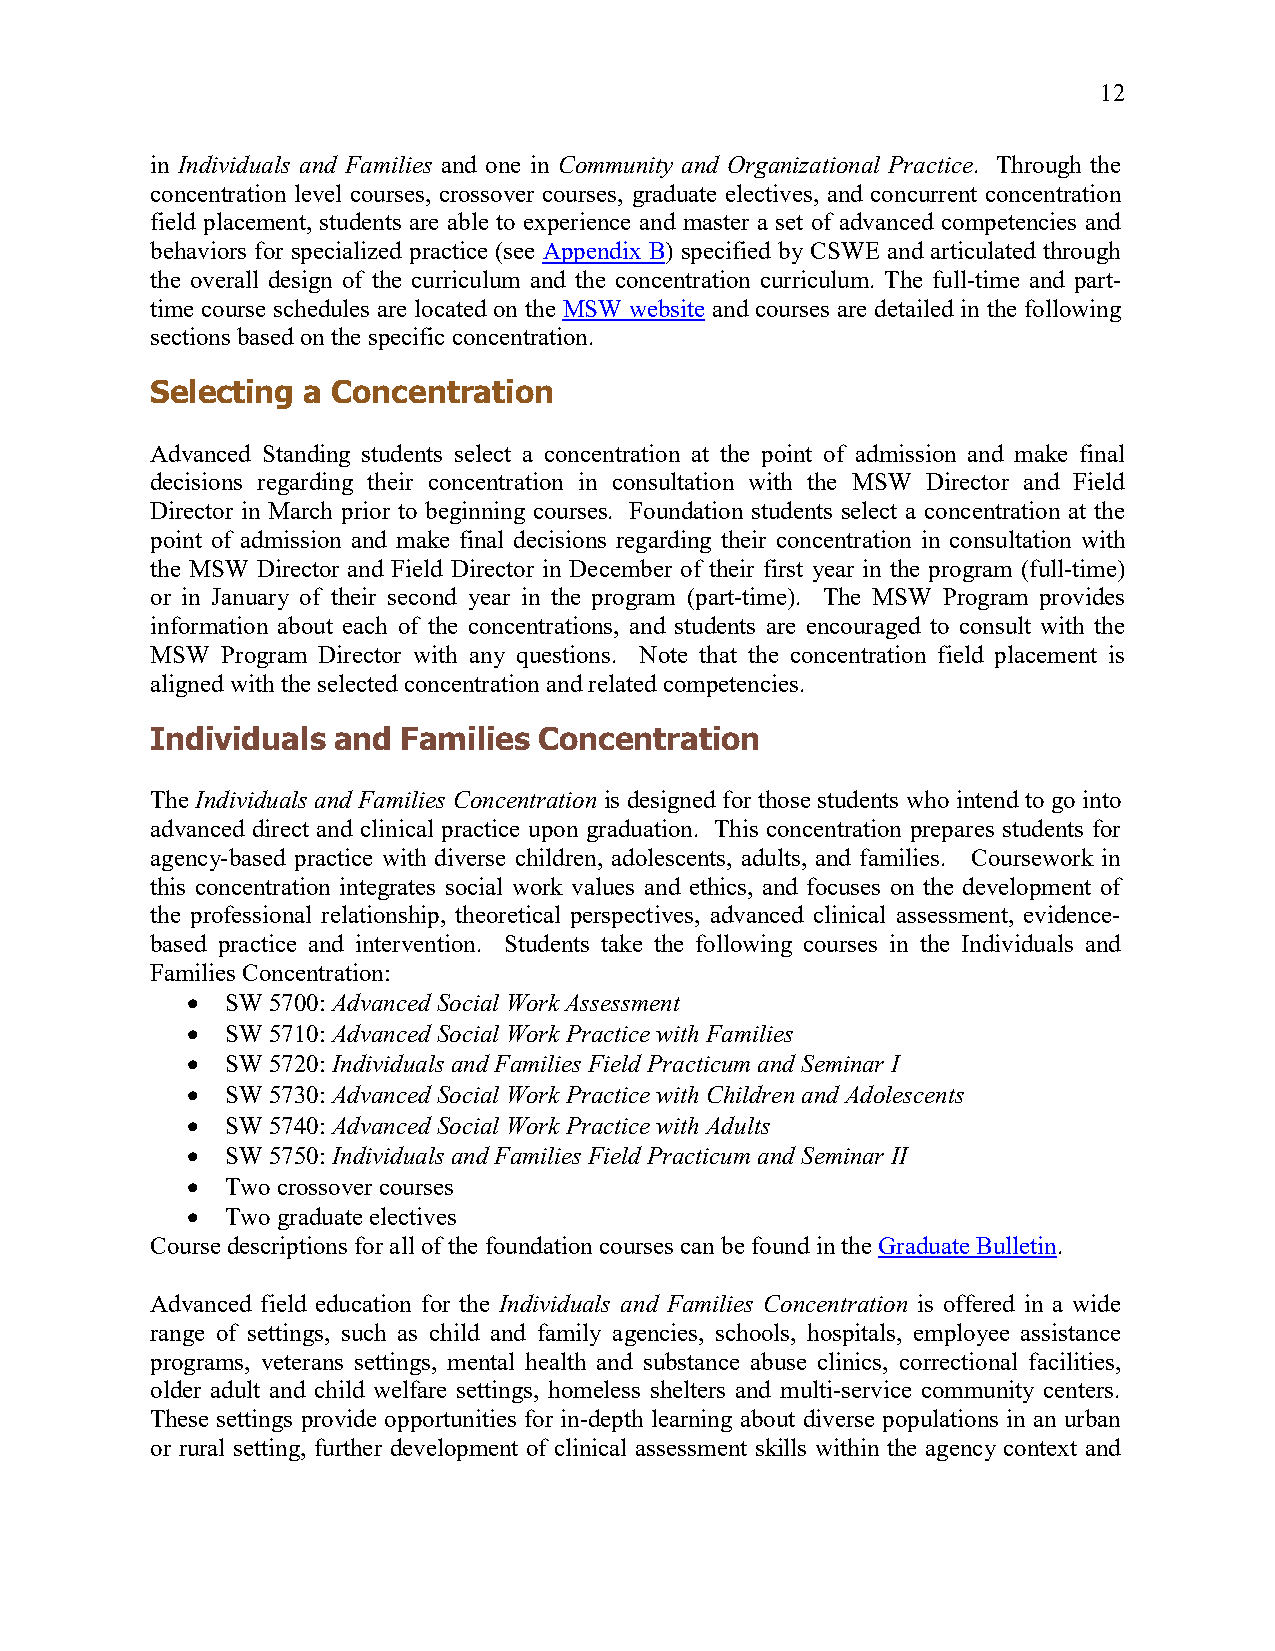
12
 in Individuals and Families and one in Community and Organizational Practice. Through the
 concentration level courses, crossover courses, graduate electives, and concurrent concentration
 field placement, students are able to experience and master a set of advanced competencies and
 behaviors for specialized practice (see Appendix B) specified by CSWE and articulated through
 the overall design of the curriculum and the concentration curriculum. The full-time and part-
 time course schedules are located on the MSW website and courses are detailed in the following
 sections based on the specific concentration.
 Selecting a Concentration
 Advanced Standing students select a concentration at the point of admission and make final
 decisions regarding their concentration in consultation with the MSW Director and Field
 Director in March prior to beginning courses. Foundation students select a concentration at the
 point of admission and make final decisions regarding their concentration in consultation with
 the MSW Director and Field Director in December of their first year in the program (full-time)
 or in January of their second year in the program (part-time). The MSW Program provides
 information about each of the concentrations, and students are encouraged to consult with the
 MSW  Program Director with any questions. Note that the concentration field placement is
 aligned with the selected concentration and related competencies.
 Individuals and Families  Concentration
 The Individuals and Families Concentration is designed for those students who intend to go into
 advanced direct and clinical practice upon graduation. This concentration prepares students for
 agency-based practice with diverse children, adolescents, adults, and families. Coursework in
 this concentration integrates social work values and ethics, and focuses on the development of
 the professional relationship, theoretical perspectives, advanced clinical assessment, evidence-
 based practice and intervention. Students take the following courses in the Individuals and
 Families Concentration:
 •  SW 5700: Advanced Social Work Assessment
 •  SW 5710: Advanced Social Work Practice with Families
 •  SW 5720: Individuals and Families Field Practicum and Seminar I
 •  SW 5730: Advanced Social Work Practice with Children and Adolescents
 •  SW 5740: Advanced Social Work Practice with Adults
 •  SW 5750: Individuals and Families Field Practicum and Seminar II
 •  Two crossover courses
 •  Two graduate electives
 Course descriptions for all of the foundation courses can be found in the Graduate Bulletin.
 Advanced field education for the Individuals and Families Concentration is offered in a wide
 range of settings, such as child and family agencies, schools, hospitals, employee assistance
 programs, veterans settings, mental health and substance abuse clinics, correctional facilities,
 older adult and child welfare settings, homeless shelters and multi-service community centers.
 These settings provide opportunities for in-depth learning about diverse populations in an urban
 or rural setting, further development of clinical assessment skills within the agency context and